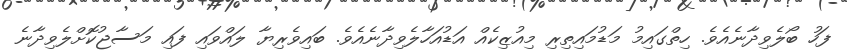
ފަހު ބޯލެވިދާނެއެވެ. ހިތްގައިމު މަޑުމައިތިރި މިއުޒިކެއް އަޑުއަހާލެވިދާނެއެވެ. ބައިވެރިޔާ ލައްވައި ފައި މަސާޖުކޮށްލެވިދާނެ